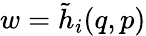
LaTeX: w=\tilde{h}_{i}(q,p)